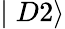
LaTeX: \mid D2\rangle